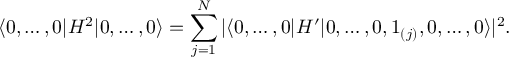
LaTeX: \langle 0 , \ldots , 0 \vert H ^ { 2 } \vert 0 , \ldots , 0 \rangle = \sum _ { j = 1 } ^ { N } \vert \langle 0 , \ldots , 0 \vert H ^ { \prime } \vert 0 , \ldots , 0 , 1 _ { ( j ) } , 0 , \ldots , 0 \rangle \vert ^ { 2 } .